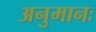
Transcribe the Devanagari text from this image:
अनुमानः